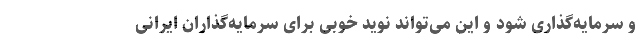
و سرمایه‌گذاری شود و این می‌تواند نوید خوبی برای سرمایه‌گذاران ایرانی